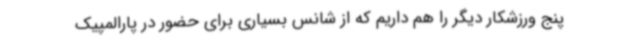
پنج ورزشکار دیگر را هم داریم که از شانس بسیاری برای حضور در پارالمپیک